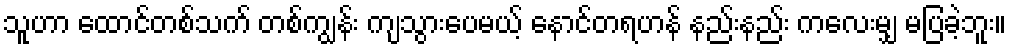
သူဟာ ထောင်တစ်သက် တစ်ကျွန်း ကျသွားပေမယ့် နောင်တရဟန် နည်းနည်း ကလေးမျှ မပြခဲ့ဘူး။